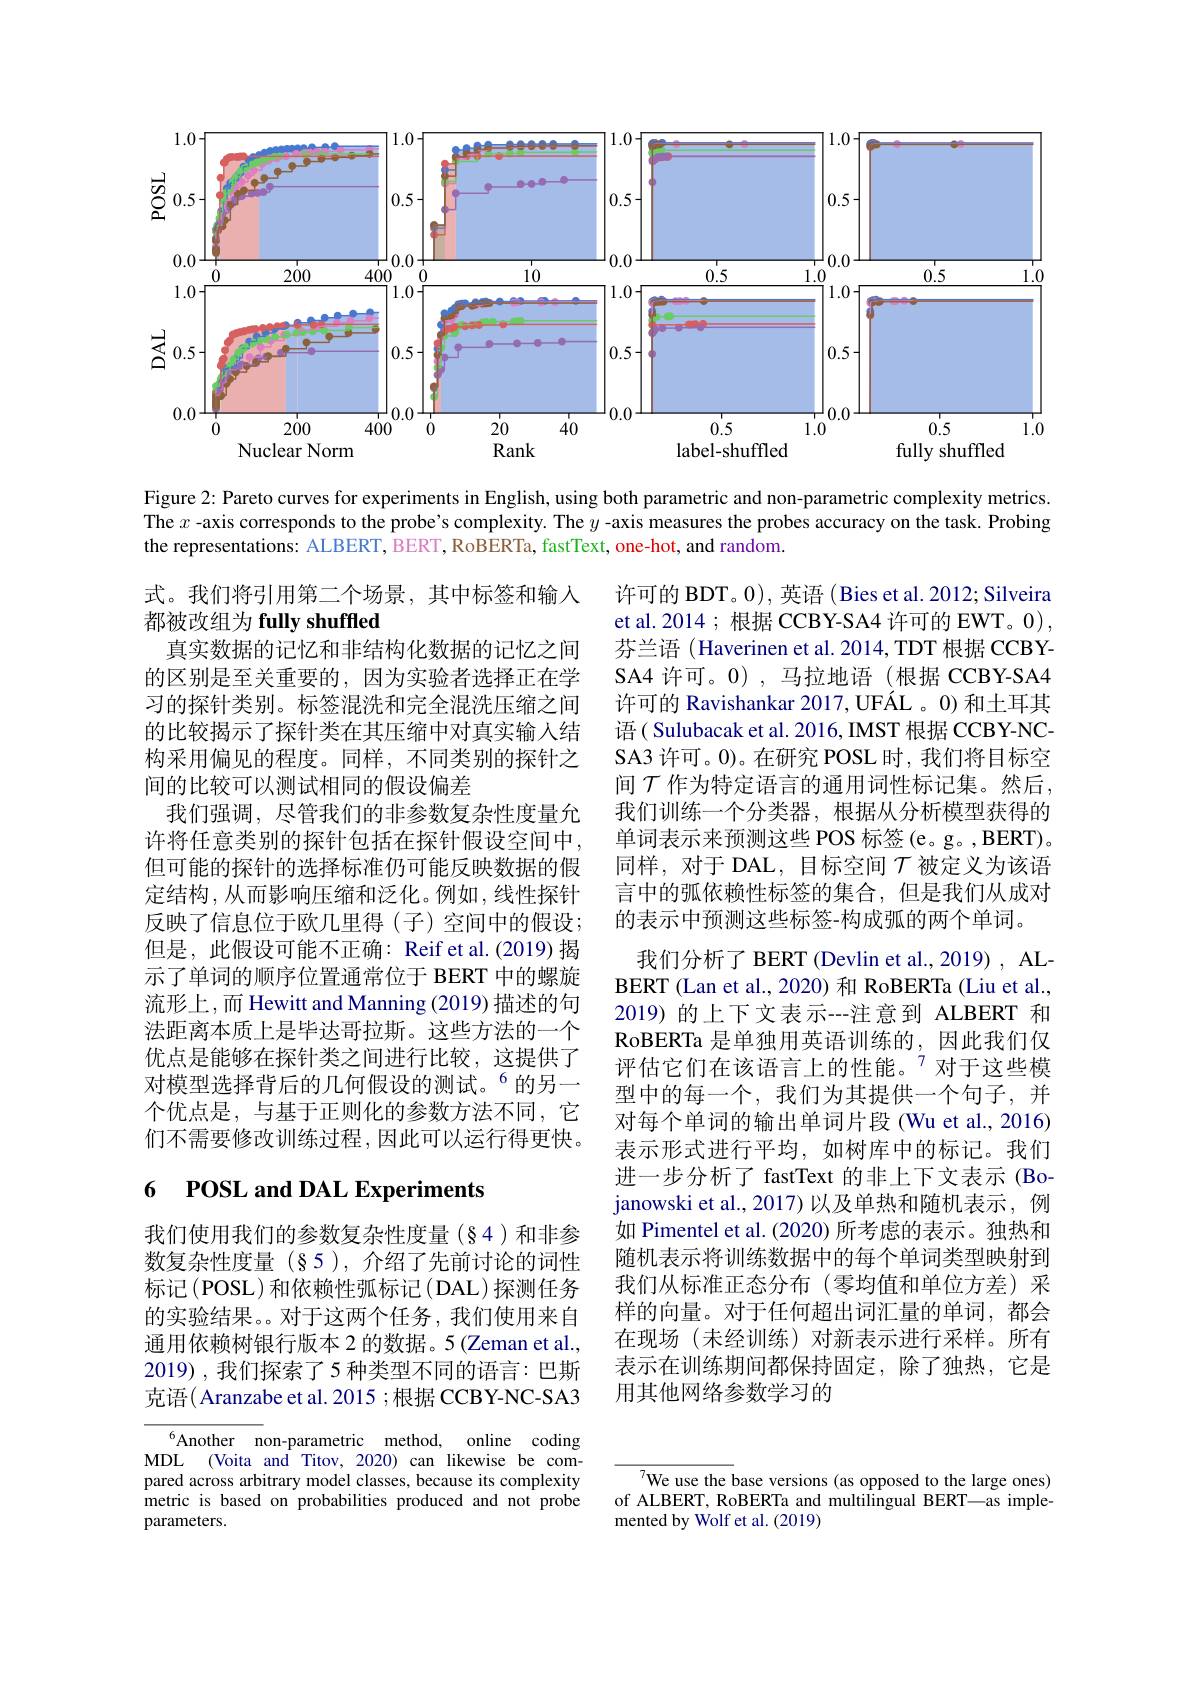
<FigureHere>

Figure 2: Pareto curves for experiments in English, using both parametric and non-parametric complexity metrics. The $x$ -axis corresponds to the probe's complexity. The $y$ -axis measures the probes accuracy on the task. Probing the representations: ALBERT, BERT, RoBERTa, fastText, one-hot, and random.

许可的 BDT。0), 英语 (Bies et al. 2012; Silveira et al. 2014 ; 根据 CCBY-SA4 许可的 EWT。0) , 芬兰语 (Haverinen et al. 2014, TDT 根据 CCBYSA4 许可。0),马拉地语(根据 CCBY-SA4许可的 Ravishankar 2017, UFÁL 。0) 和土耳其语( Sulubacak et al. 2016, IMST 根据 CCBY-NCSA3 许可。0)。在研究 POSL 时，我们将目标空间$\mathcal{T}$作为特定语言的通用词性标记集。然后， 我们训练一个分类器，根据从分析模型获得的单词表示来预测这些 POS 标签(e。g。,BERT)。同样，对于 DAL, 目标空间$T$被定义为该语言中的弧依赖性标签的集合，但是我们从成对的表示中预测这些标签-构成弧的两个单词。

式。我们将引用第二个场景，其中标签和输入
都被改组为 fully shuffled
真实数据的记忆和非结构化数据的记忆之间的区别是至关重要的，因为实验者选择正在学习的探针类别。标签混洗和完全混洗压缩之间的比较揭示了探针类在其压缩中对真实输人结构采用偏见的程度。同样，不同类别的探针之间的比较可以测试相同的假设偏差
我们强调，尽管我们的非参数复杂性度量允许将任意类别的探针包括在探针假设空间中， 但可能的探针的选择标准仍可能反映数据的假定结构，从而影响压缩和泛化。例如，线性探针反映了信息位于欧几里得(子)空间中的假设； 但是，此假设可能不正确：Reif et al.(2019)揭示了单词的顺序位置通常位于 BERT 中的螺旋流形上，而 Hewitt and Manning (2019) 描述的句法距离本质上是毕达哥拉斯。这些方法的一个优点是能够在探针类之间进行比较，这提供了对模型选择背后的几何假设的测试。$^{6}$的另一个优点是，与基于正则化的参数方法不同，它们不需要修改训练过程，因此可以运行得更快。

我们分析了 BERT (Devlin et al., 2019) , ALBERT (Lan et al., 2020) 和 RoBERTa (Liu et al., 2019) 的上下文表示--注意到 ALBERT 和RoBERTa 是单独用英语训练的，因此我们仅评估它们在该语言上的性能。$^{7}$对于这些模型中的每一个，我们为其提供一个句子，并对每个单词的输出单词片段 (Wu et al., 2016) 表示形式进行平均，如树库中的标记。我们进一步分析了 fastText 的非上下文表示(Bojanowski et al., 2017) 以及单热和随机表示，例如 Pimentel et al. (2020) 所考虑的表示。独热和随机表示将训练数据中的每个单词类型映射到我们从标准正态分布(零均值和单位方差)采样的向量。对于任何超出词汇量的单词，都会在现场(未经训练)对新表示进行采样。所有表示在训练期间都保持固定，除了独热，它是用其他网络参数学习的

# 6 POSL and DAL Experiments

我们使用我们的参数复杂性度量(§4)和非参数复杂性度量(§5),介绍了先前讨论的词性标记(POSL)和依赖性弧标记(DAL)探测任务的实验结果。对于这两个任务，我们使用来自通用依赖树银行版本 2 的数据。5 (Zeman et al., 2019),我们探索了5 种类型不同的语言：巴斯克语(Aranzabe et al. 2015 ;根据 CCBY-NC-SA3

Another non-parametric method, online coding MDL (Voita and Titov, 2020) can likewise be compared across arbitrary model classes, because its complexity metric is based on probabilities produced and not probe parameters.

${\overline{^7}\text{We use the base versions (as opposed to the large ones)}}$ of ALBERT, RoBERTa and multilingual BERT—as implemented by Wolf et al. (2019)